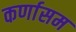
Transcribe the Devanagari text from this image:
कर्णासम